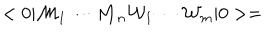
LaTeX: < 0 | { \cal { M } } _ { 1 } \cdots { \cal { M } } _ { n } { \cal { W } } _ { 1 } \cdots { \cal { W } } _ { m } | 0 > =